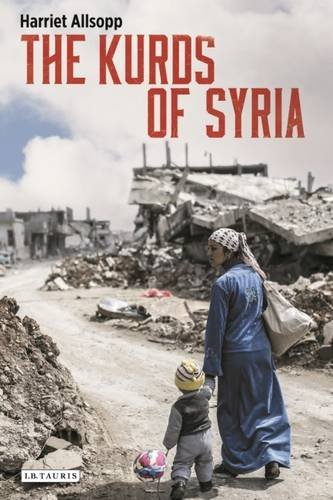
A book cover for The Kurds of Syria: Political Parties and Identity in the Middle East; Harriet Allsopp; History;